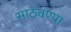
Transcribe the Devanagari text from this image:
साठवण्या